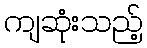
ကျဆုံးသည့်